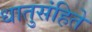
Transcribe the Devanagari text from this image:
धातुसंहिते